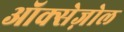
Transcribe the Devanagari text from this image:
ऑक्सेज़ोल